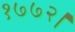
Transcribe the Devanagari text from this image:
१७७२।